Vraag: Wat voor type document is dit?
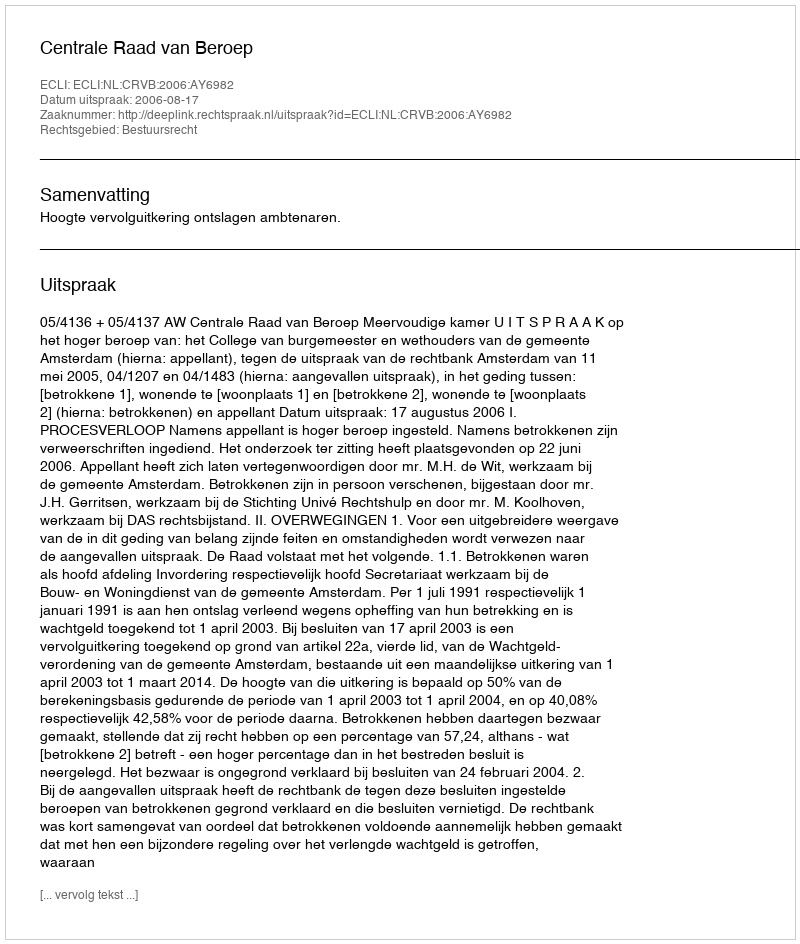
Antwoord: Uitspraak